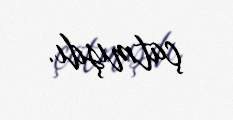
çatmışdı.